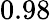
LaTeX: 0.98